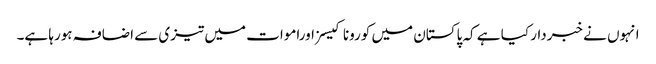
انہوں نے خبردار کیا ہے کہ پاکستان میں کورونا کیسزاوراموات میں تیزی سے اضافہ ہورہا ہے۔